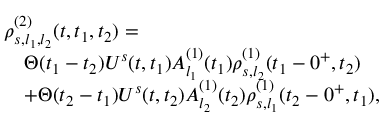
\begin{array} { r l } & { \rho _ { s , l _ { 1 } , l _ { 2 } } ^ { ( 2 ) } ( t , t _ { 1 } , t _ { 2 } ) = } \\ & { \quad \Theta ( t _ { 1 } - t _ { 2 } ) U ^ { s } ( t , t _ { 1 } ) A _ { l _ { 1 } } ^ { ( 1 ) } ( t _ { 1 } ) \rho _ { s , l _ { 2 } } ^ { ( 1 ) } ( t _ { 1 } - 0 ^ { + } , t _ { 2 } ) } \\ & { \quad + \Theta ( t _ { 2 } - t _ { 1 } ) U ^ { s } ( t , t _ { 2 } ) A _ { l _ { 2 } } ^ { ( 1 ) } ( t _ { 2 } ) \rho _ { s , l _ { 1 } } ^ { ( 1 ) } ( t _ { 2 } - 0 ^ { + } , t _ { 1 } ) , } \end{array}